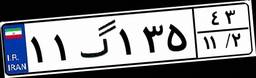
۲۵گ۷۱۷۴۸